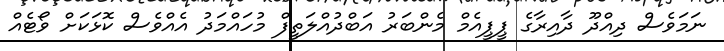
ނަމަވެސް ދިއްދޫ ދާއިރާގެ ޕީޕީއެމް މެންބަރު އަބްދުއްލަތީފް މުހައްމަދު އެއްވެސް ކޮޅަކަށް ވޯޓެއް